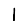
Digit: 1